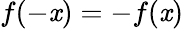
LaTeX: f(-\mathit{x})=-f(\mathit{x})